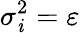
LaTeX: \sigma_{\mathit{i}}^{2}=\varepsilon